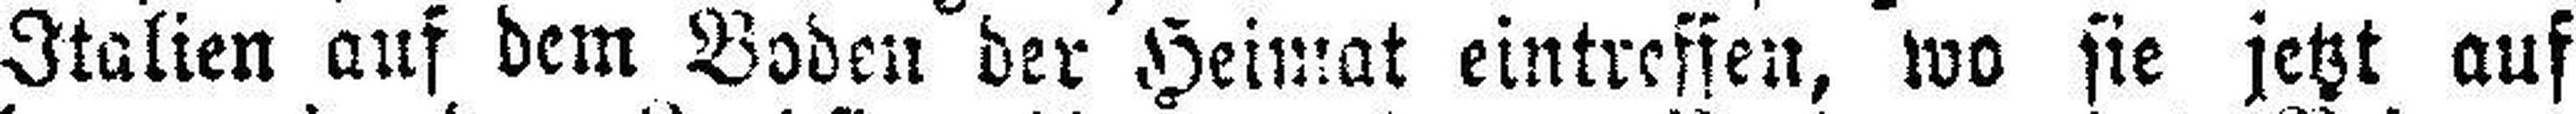
Italien auf dem Boden der Heimat eintreffen, wo sie jetzt auf